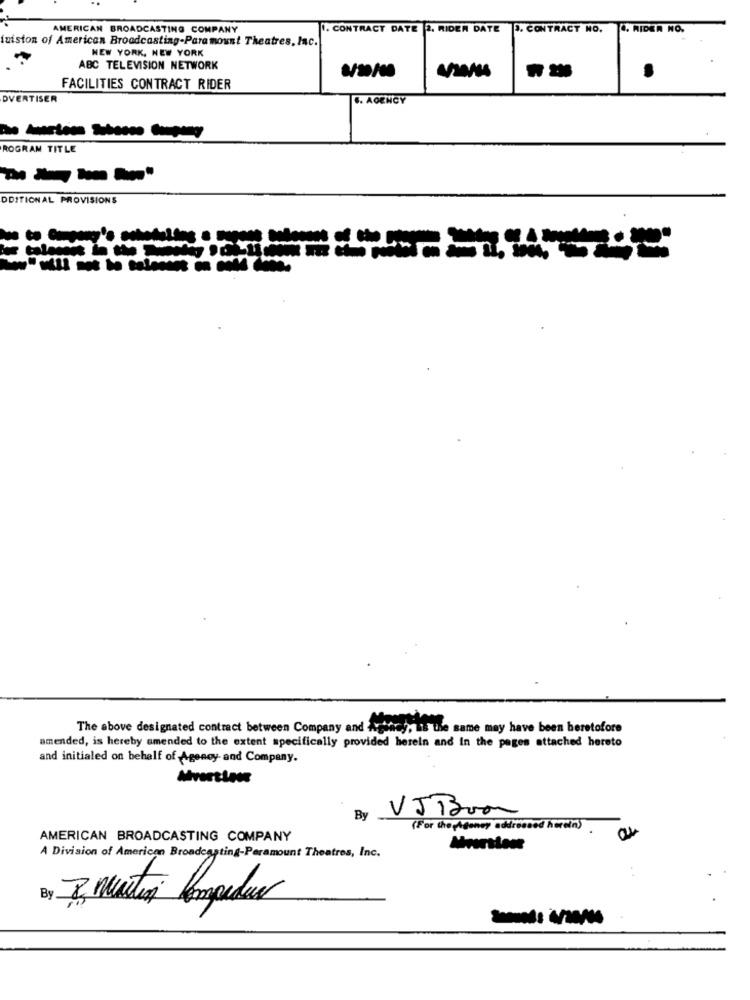
AMERICAN BROADCASTING COMPANY
. CONTRACT DATE 2. RIDER DATE
. CONTRACT NO.
0. RIDER NO.
iuiston of American Broadcasting-Paramount Theatres, Inc.
NEW YORK, NEW YORK
ABC TELEVISION NETWORK
€/30/00
.
FACILITIES CONTRACT RIDER
DVERTISER
6. AGENCY
ROGRAM TITLE
DDITIONAL PROVISIONS
colonnes in the Tu
---------
The above designated contract between Company and Agency, Is the same may have been beretofore
amended, is hereby amended to the extent specifically provided herein and in the pages attached hereto
and initialed on behalf of Agency- and Company.
Avanttone
By
VJBron
(For thephgoney addressed herein)
AMERICAN BROADCASTING COMPANY
A Division of American Broadcasting-Peramount Theatres, Inc.
By
7, Matin lampeduo
--